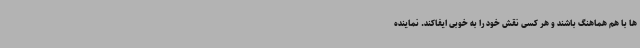
ها با هم هماهنگ باشند و هر کسی نقش خود را به خوبی ایفاکند. نماینده